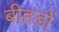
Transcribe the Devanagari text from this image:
बीहडों